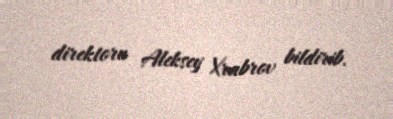
direktoru Aleksey Xrabrov bildirib.